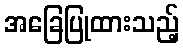
အခြေပြုထားသည့်